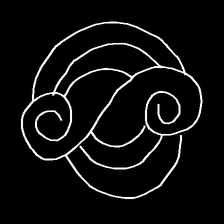
Glyph: wind-underfoot